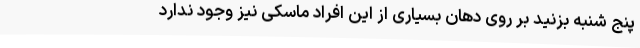
پنج شنبه بزنید بر روی دهان بسیاری از این افراد ماسکی نیز وجود ندارد